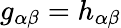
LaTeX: g_{\alpha\beta}=h_{\alpha\beta}